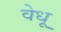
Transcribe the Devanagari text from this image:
वेधू